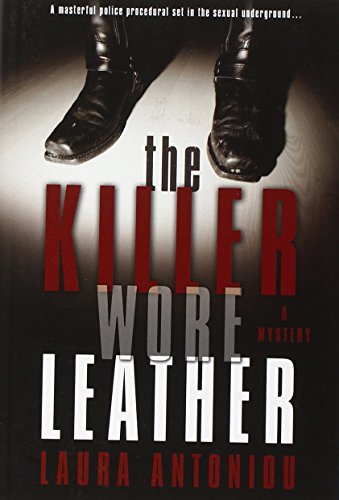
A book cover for The Killer Wore Leather: A Mystery; Laura Antoniou; Romance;